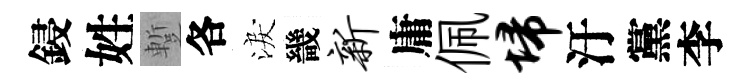
鋟姓蹔各淚畿新庸佩埽汙黨李